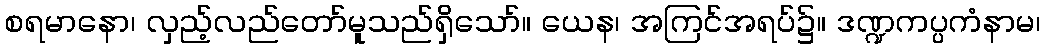
စရမာနော၊ လှည့်လည်တော်မူသည်ရှိသော်။ ယေန၊ အကြင်အရပ်၌။ ဒဏ္ဍကပ္ပကံနာမ၊